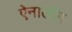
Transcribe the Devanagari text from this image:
ऐनालॉग